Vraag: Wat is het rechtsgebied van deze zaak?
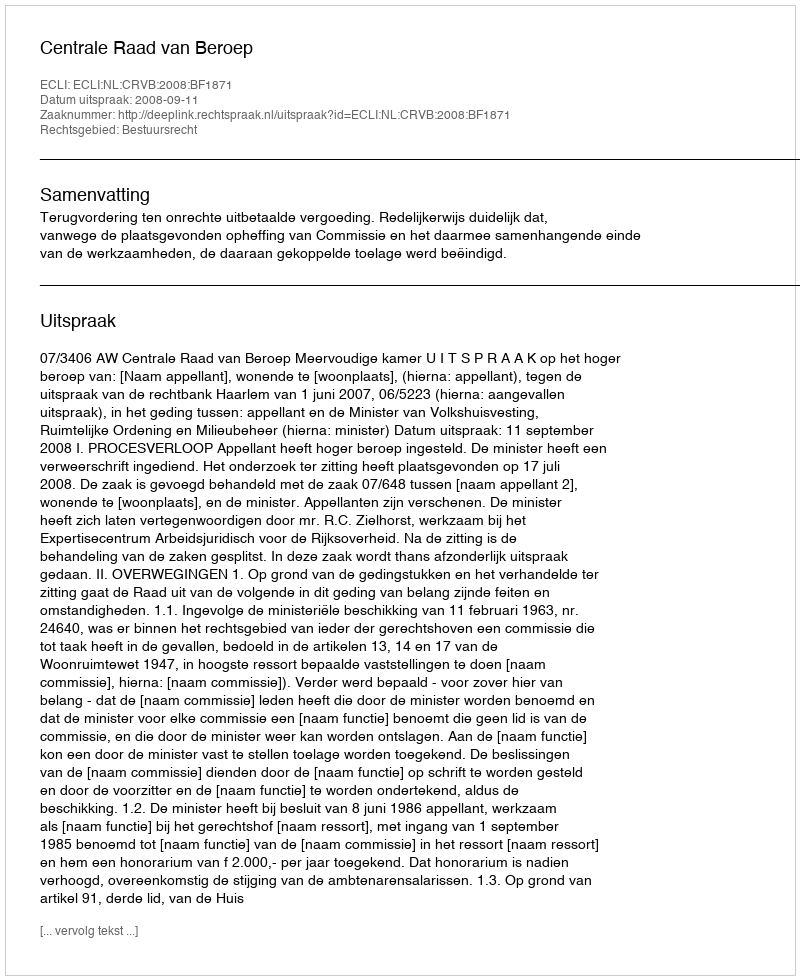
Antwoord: Bestuursrecht